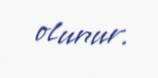
olunur.